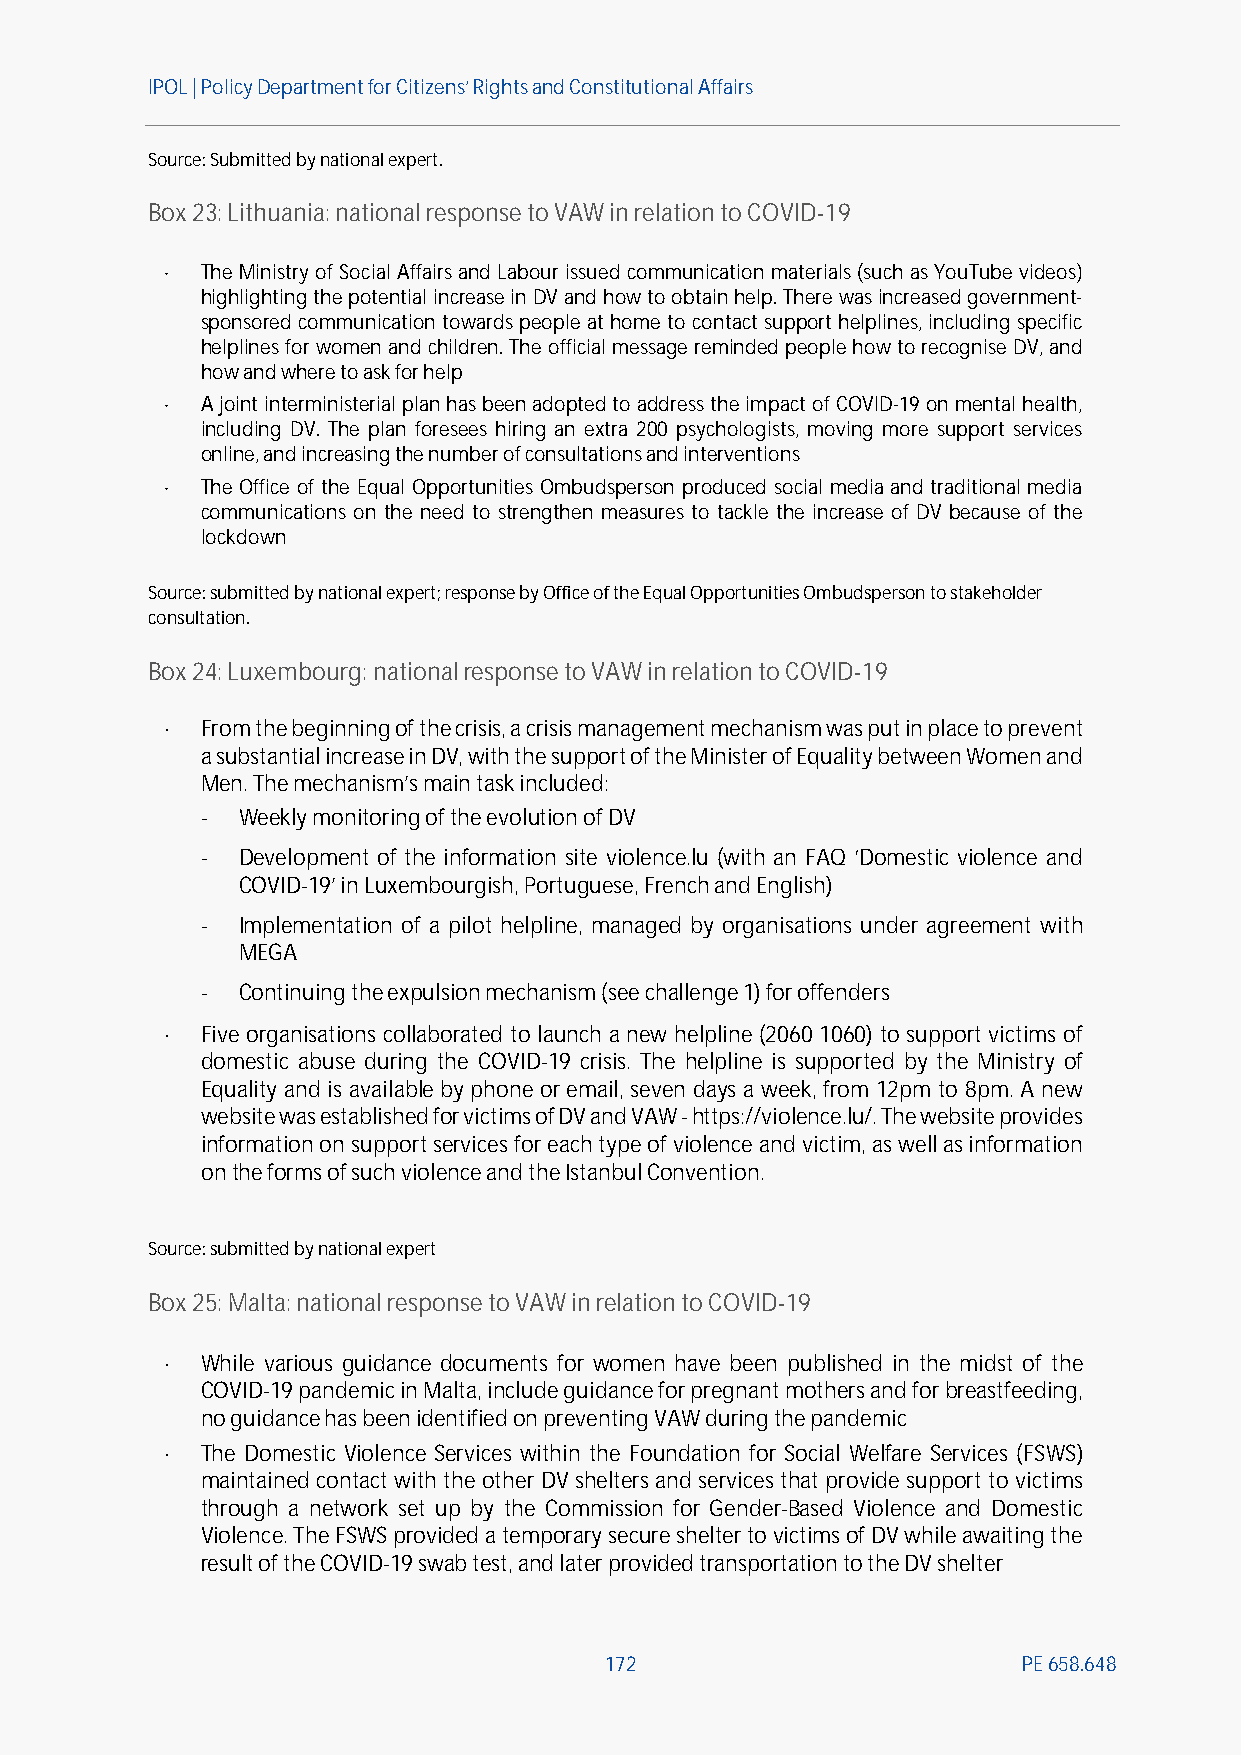
IPOL | Policy Departmentfor Citizens’ Rights and Constitutional Affairs
 Source:Submitted by national expert.
 Box23: Lithuania: national response to VAW in relation to COVID-19
  The Ministry of Social Affairs and Labour issued communication materials (such as YouTube videos)
 highlighting the potential increase in DV and how to obtain help. There was increased government-
 sponsored communication towards people at home to contact support helplines, including specific
 helplines for women and children. The official message reminded people how to recognise DV, and
 how and where to ask for help
  A joint interministerial plan has been adopted to address the impact of COVID-19 on mental health,
 including DV. The plan foresees hiring an extra 200 psychologists, moving more support services
 online, and increasing the number of consultations and interventions
  The Office of the Equal Opportunities Ombudsperson produced social media and traditional media
 communications on the need to strengthen measures to tackle the increase of DV because of the
 lockdown
 Source:submitted by national expert;response by Office of the Equal Opportunities Ombudsperson to stakeholder
 consultation.
 Box24: Luxembourg:nationalresponse to VAW in relation to COVID-19
  From the beginning of the crisis, a crisis management mechanism was put in place to prevent
 a substantial increase in DV, with the support of the Minister of Equality between Women and
 Men. The mechanism’s main task included:
 -  Weekly monitoring of the evolution of DV
 -  Development of the information site violence.lu (with an FAQ ‘Domestic violence and
 COVID-19’ in Luxembourgish, Portuguese, French and English)
 -  Implementation of a pilot helpline, managed by organisations under agreement with
 MEGA
 -  Continuing the expulsion mechanism (see challenge 1) for offenders
  Five organisations collaborated to launch a new helpline (2060 1060) to support victims of
 domestic abuse during the COVID-19 crisis. The helpline is supported by the Ministry of
 Equality and is available by phone or email, seven days a week, from 12pm to 8pm. A new
 website was established for victims of DV and VAW-https://violence.lu/. The website provides
 information on support services for each type of violence and victim, as well as information
 onthe forms of such violence and the Istanbul Convention.
 Source:submitted by national expert
 Box25: Malta: national response to VAW in relation to COVID-19
  While various guidance documents for women have been published in the midst of the
 COVID-19 pandemic in Malta, include guidance for pregnant mothers and for breastfeeding,
 no guidance has been identified on preventing VAW during the pandemic
  The Domestic Violence Services within the Foundation for Social Welfare Services (FSWS)
 maintained contact with the other DV shelters and services that provide support to victims
 through a network set up by the Commission for Gender-Based Violence and Domestic
 Violence. The FSWS provided a temporary secure shelter to victims of DV while awaiting the
 result of the COVID-19 swab test, and later provided transportation to the DV shelter
 172                         PE658.648